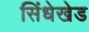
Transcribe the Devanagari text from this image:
सिंधेखेड